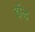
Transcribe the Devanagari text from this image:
इद्धि